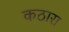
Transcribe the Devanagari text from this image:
कठारा